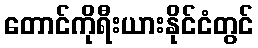
တောင်ကိုရီးယားနိုင်ငံတွင်